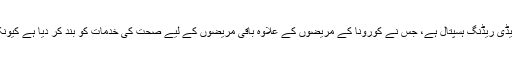
ایسا ہی ایک ادارہ 1،750 بستروں پر مشتمل پشاور کا لیڈی ریڈنگ ہسپتال ہے، جس نے کورونا کے مریضوں کے علاوہ باقی مریضوں کے لیے صحت کی خدمات کو بند کر دیا ہے کیونکہ مزید طبی عملہ کورونا وائرس سے متاثر ہو رہا ہے۔